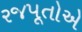
રજપૂતોએ